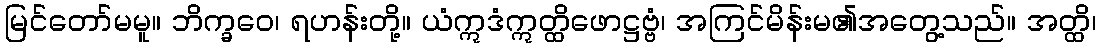
မြင်တော်မမူ။ ဘိက္ခဝေ၊ ရဟန်းတို့။ ယံဣဒံဣတ္ထိဖောဋ္ဌဗ္ဗံ၊ အကြင်မိန်းမ၏အတွေ့သည်။ အတ္ထိ၊